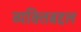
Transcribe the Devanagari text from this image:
व्यक्तिबद्दल